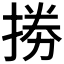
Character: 𢮙